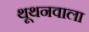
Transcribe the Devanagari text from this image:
थूथनवाला